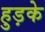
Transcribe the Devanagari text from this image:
हुड़के